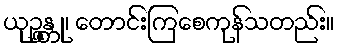
ယုဉ္ဇန္တု၊ တောင်းကြစေကုန်သတည်း။